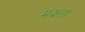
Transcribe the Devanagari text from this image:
मझला